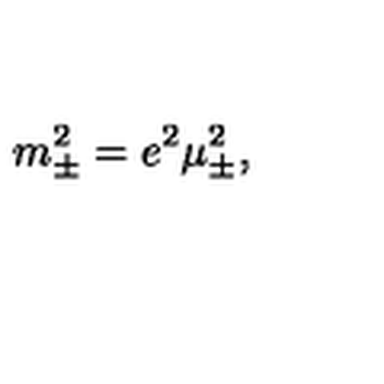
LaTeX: m _ { \pm } ^ { 2 } = e ^ { 2 } \mu _ { \pm } ^ { 2 } ,